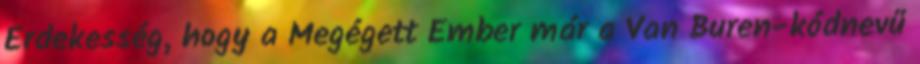
Érdekesség, hogy a Megégett Ember már a Van Buren-kódnevű